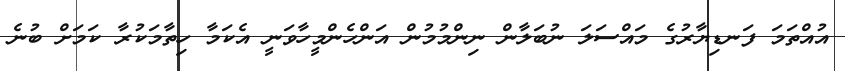
އުއްތަމަ ފަނޑިޔާރުގެ މައްސަލަ ނުބަލާން ނިންމުމުން އަންހެންމީހާވަނީ އެކަމާ ހިތާމަކުރާ ކަމަށް ބުނެ